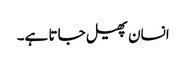
انسان پھیل جاتا ہے۔